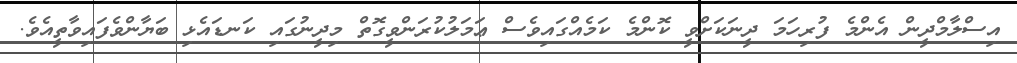
އިސްލާމްދީން އެންމެ ފުރިހަމަ ދީނަކަށްވީ ކޮންމެ ކަމެއްގައިވެސް ޢަމަލުކުރަންވީގޮތް މިދީނުގައި ކަނޑައެޅި ބަޔާންވެފައިވާތީއެވެ.